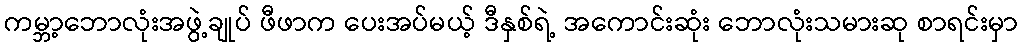
ကမ္ဘာ့ဘောလုံးအဖွဲ့ချုပ် ဖီဖာက ပေးအပ်မယ့် ဒီနှစ်ရဲ့ အကောင်းဆုံး ဘောလုံးသမားဆု စာရင်းမှာ